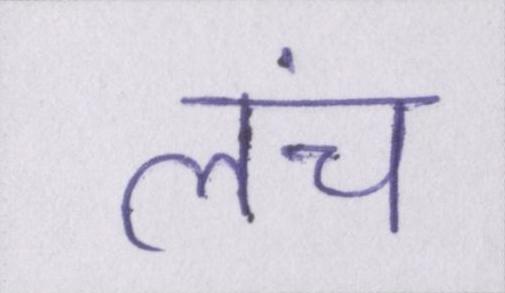
लंच